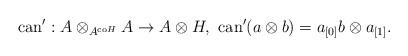
LaTeX: \begin{align*}\mathrm{can}' : A \otimes_{A^{\mathrm{co}H}} A\rightarrow A\otimes H, \ \mathrm{can}'(a \otimes b) = a_{[0]}b \otimes a_{[1]}.\end{align*}